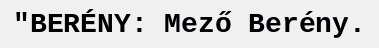
"BERÉNY: Mező Berény.